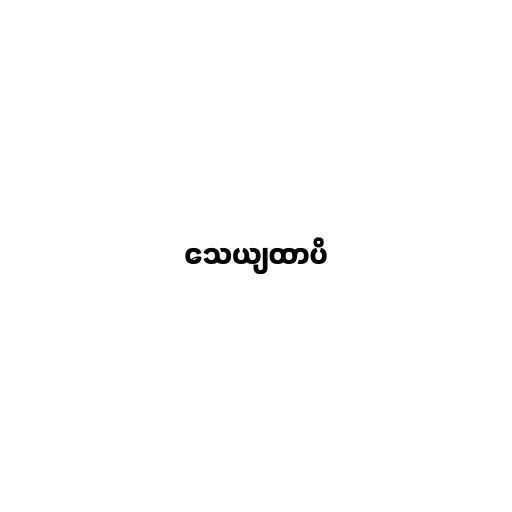
သေယျထာပိ